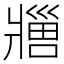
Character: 𬌊